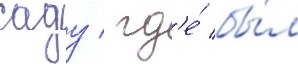
саду / гд'е́ бы́л